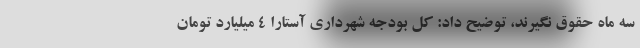
سه ماه حقوق نگیرند، توضیح داد: کل بودجه شهرداری آستارا ۴ میلیارد تومان